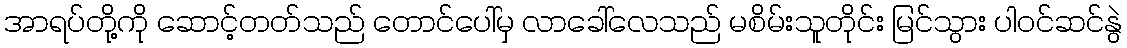
အာရပ်တို့ကို ဆောင့်တတ်သည် တောင်ပေါ်မှ လာခေါ်လေသည် မစိမ်းသူတိုင်း မြင်သွား ပါဝင်ဆင်နွဲ